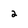
Character: 2